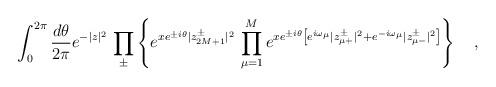
LaTeX: \begin{align*}\int_0^{2\pi}\frac{d\theta}{2\pi}e^{-|z|^2}\,\prod_\pm\left\{e^{xe^{\pm i\theta}|z^\pm_{2M+1}|^2}\,\prod_{\mu=1}^M e^{xe^{\pm i\theta}\left[e^{i\omega_\mu}|z^\pm_{\mu+}|^2+e^{-i\omega_\mu}|z^\pm_{\mu-}|^2\right]}\right\}\ \ \ ,\end{align*}